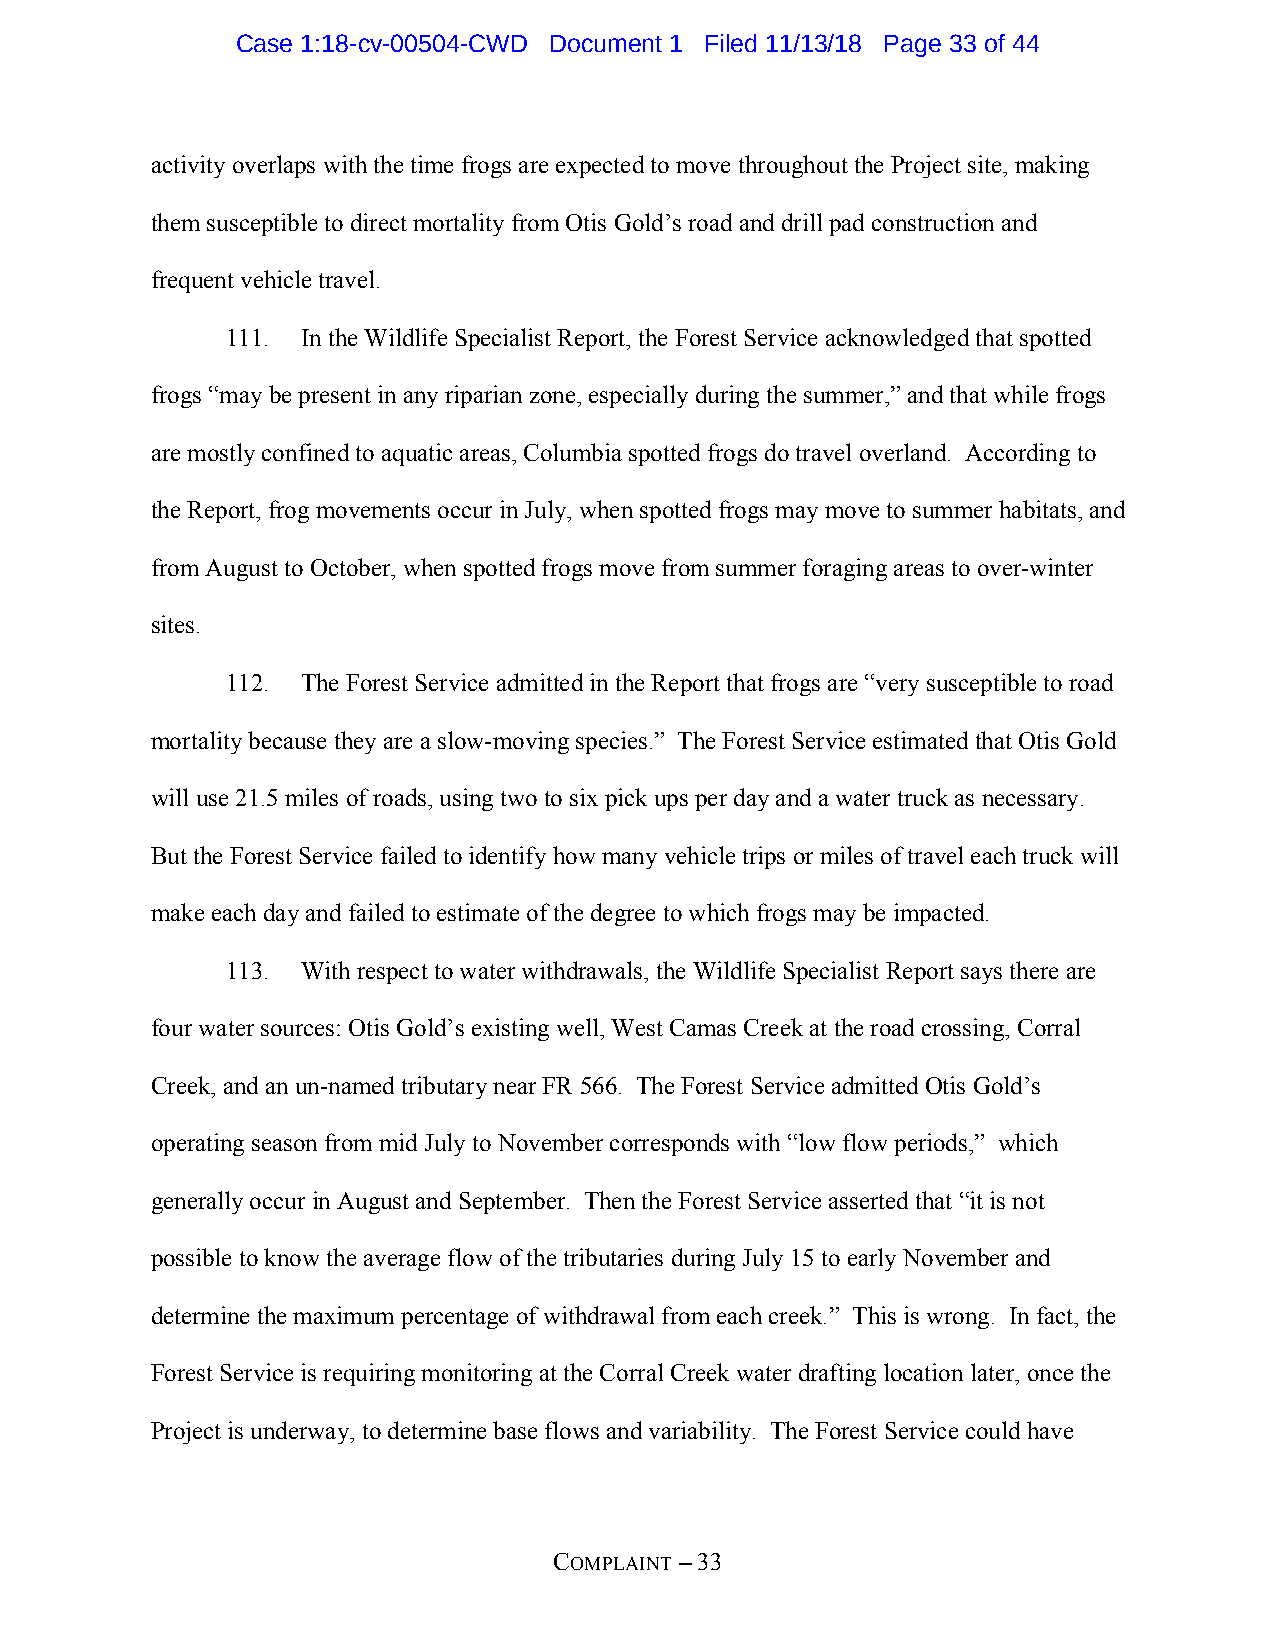
Case 1:18-cv-00504-CWD Document 1 Filed 11/13/18 Page 33 of 44
 activity overlaps with the time frogs are expected to move throughout the Project site, making
 them susceptible to direct mortality from Otis Gold’s road and drill pad construction and
 frequent vehicle travel.
 111. In the Wildlife Specialist Report, the Forest Service acknowledged that spotted
 frogs “may be present in any riparian zone, especially during the summer,” and that while frogs
 are mostly confined to aquatic areas, Columbia spotted frogs do travel overland. According to
 the Report, frog movements occur in July, when spotted frogs may move to summer habitats, and
 from August to October, when spotted frogs move from summer foraging areas to over-winter
 sites.
 112. The Forest Service admitted in the Report that frogs are “very susceptible to road
 mortality because they are a slow-moving species.” The Forest Service estimated that Otis Gold
 will use 21.5 miles of roads, using two to six pick ups per day and a water truck as necessary.
 But the Forest Service failed to identify how many vehicle trips or miles of travel each truck will
 make each day and failed to estimate of the degree to which frogs may be impacted.
 113. With respect to water withdrawals, the Wildlife Specialist Report says there are
 four water sources: Otis Gold’s existing well, West Camas Creek at the road crossing, Corral
 Creek, and an un-named tributary near FR 566. The Forest Service admitted Otis Gold’s
 operating season from mid July to November corresponds with “low flow periods,” which
 generally occur in August and September. Then the Forest Service asserted that “it is not
 possible to know the average flow of the tributaries during July 15 to early November and
 determine the maximum percentage of withdrawal from each creek.” This is wrong. In fact, the
 Forest Service is requiring monitoring at the Corral Creek water drafting location later, once the
 Project is underway, to determine base flows and variability. The Forest Service could have
 COMPLAINT – 33